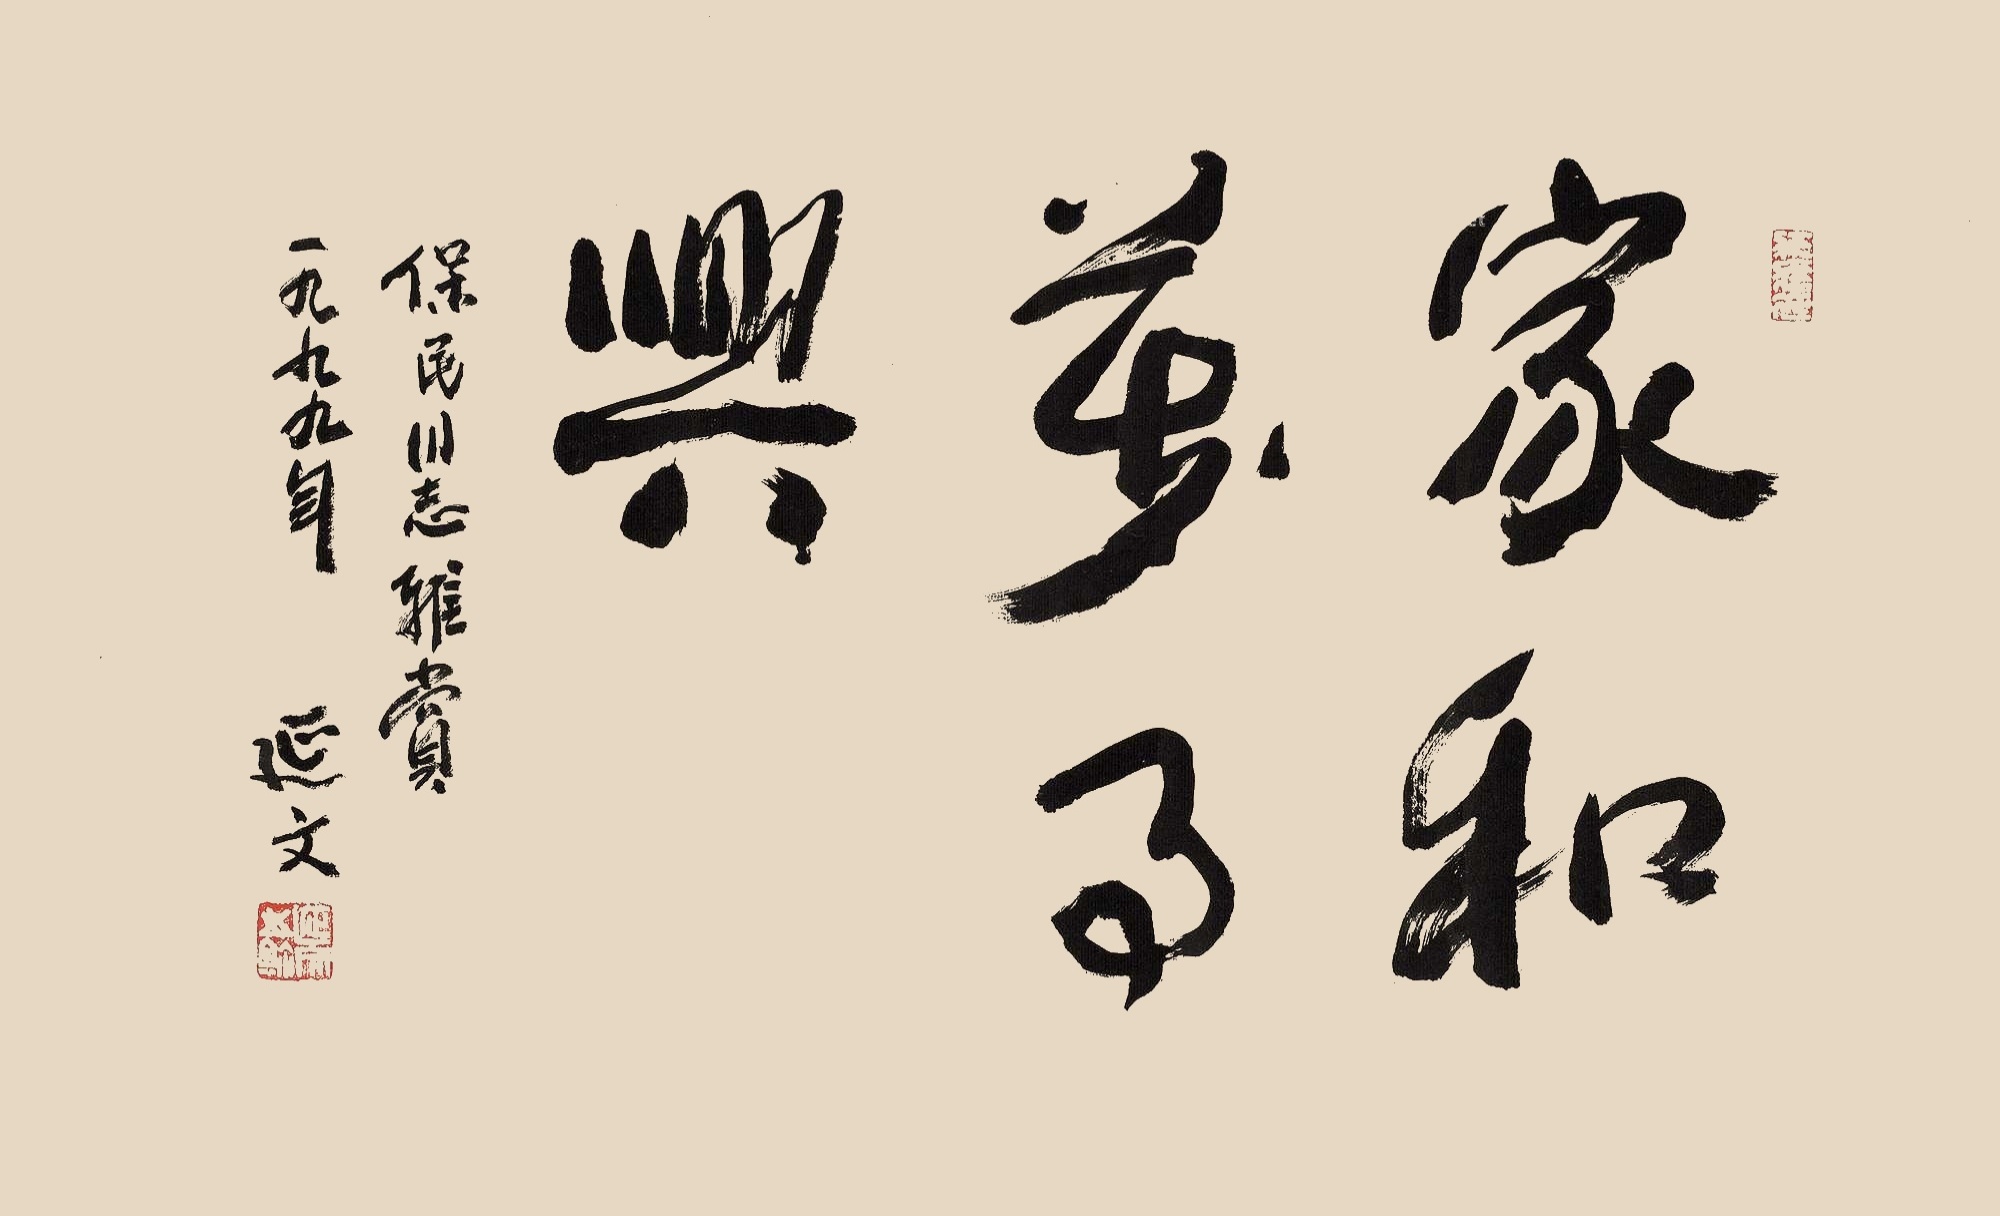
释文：家和万事兴。保民同志雅赏。一九九九年，延文。